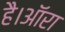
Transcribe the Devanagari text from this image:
है।ऑरा